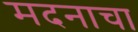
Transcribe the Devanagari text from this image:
मदनाचा